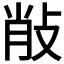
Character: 𢼼